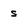
Character: S